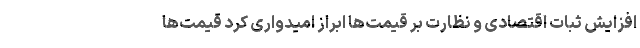
افزایش ثبات اقتصادی و نظارت بر قیمت‌ها ابراز امیدواری کرد قیمت‌ها